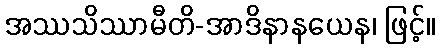
အဿသိဿာမီတိ-အာဒိနာနယေန၊ ဖြင့်။